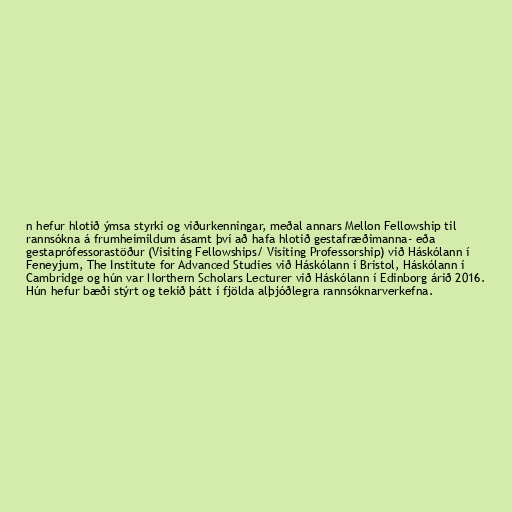
n hefur hlotið ýmsa styrki og viðurkenningar, meðal annars Mellon Fellowship til
rannsókna á frumheimildum ásamt því að hafa hlotið gestafræðimanna- eða
gestaprófessorastöður (Visiting Fellowships/ Visiting Professorship) við Háskólann í
Feneyjum, The Institute for Advanced Studies við Háskólann í Bristol, Háskólann í
Cambridge og hún var Northern Scholars Lecturer við Háskólann í Edinborg árið 2016.
Hún hefur bæði stýrt og tekið þátt í fjölda alþjóðlegra rannsóknarverkefna.